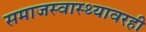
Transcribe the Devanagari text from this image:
समाजस्वास्थ्यावरही